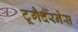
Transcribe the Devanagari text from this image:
टूगैदरनेस